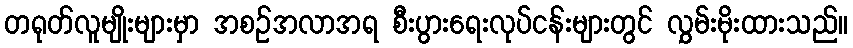
တရုတ်လူမျိုးများမှာ အစဉ်အလာအရ စီးပွားရေးလုပ်ငန်းများတွင် လွှမ်းမိုးထားသည်။